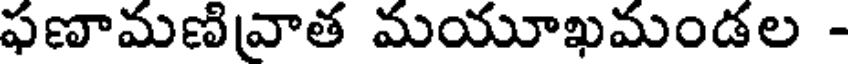
ఫణామణివాత మయూఖమండల -